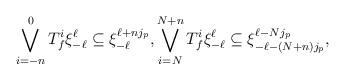
LaTeX: \begin{align*}\bigvee_{i=-n}^0 T_f^i \xi_{-\ell}^{\ell} \subseteq \xi_{-\ell}^{\ell + n j_p}, \bigvee_{i=N}^{N+n} T_f^i \xi_{-\ell}^{\ell} \subseteq \xi_{-\ell - (N + n) j_p}^{\ell - N j_p},\end{align*}